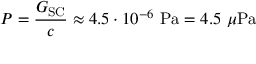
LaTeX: P = { \frac { G _ { \mathrm { S C } } } { c } } \approx 4 . 5 \cdot 1 0 ^ { - 6 } ~ \mathrm { { P a } } = 4 . 5 ~ \mu \mathrm { { P a } }